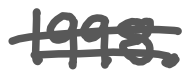
Text: 1998.
Cross-out: mix
Writing tool: digital_gray